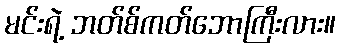
မင်းရဲ့ ဘတ်စ်ကတ်ဘောကြီးလား။